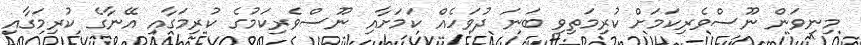
މިނިވަން ނޫސްވެރިކަމަށް ކުރިމަތިވި ބަނަ ދުވަހެއް ކަމަށާއި ނޫސްވެރިކަމުގެ ކުރިމަގާއި އޭނާގެ ކުރިމަގާއި